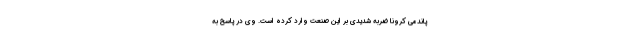
پاندمی کرونا ضربه شدیدی بر این صنعت وارد کرده است. وی در پاسخ به